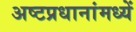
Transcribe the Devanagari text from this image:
अष्टप्रधानांमध्यें